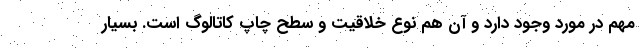
مهم در مورد وجود دارد و آن هم نوع خلاقیت و سطح چاپ کاتالوگ است. بسیار